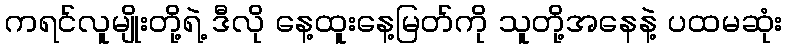
ကရင်လူမျိုးတို့ရဲ့ ဒီလို နေ့ထူးနေ့မြတ်ကို သူတို့အနေနဲ့ ပထမဆုံး